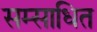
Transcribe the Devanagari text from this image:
सम्साधित